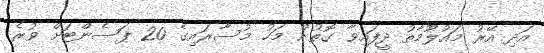
އަދި އޭރު މައުލޫމާތު ދީފައިވާ ގޮތުން މަހު މުސާރައިގެ 20 ޕަސެންޓަށް ވުރެ